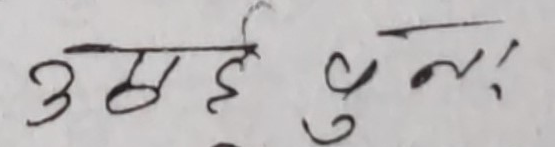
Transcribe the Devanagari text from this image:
उम्मेदी गुनू: